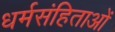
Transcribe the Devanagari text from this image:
धर्मसंहिताओं